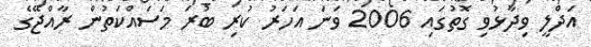
އަދްލީ ވިދާޅުވި ގޮތުގައި 2006 ވަނަ އަހަރު ކުރި ބުރަ މަސައްކަތުން ރާއްޖޭގެ